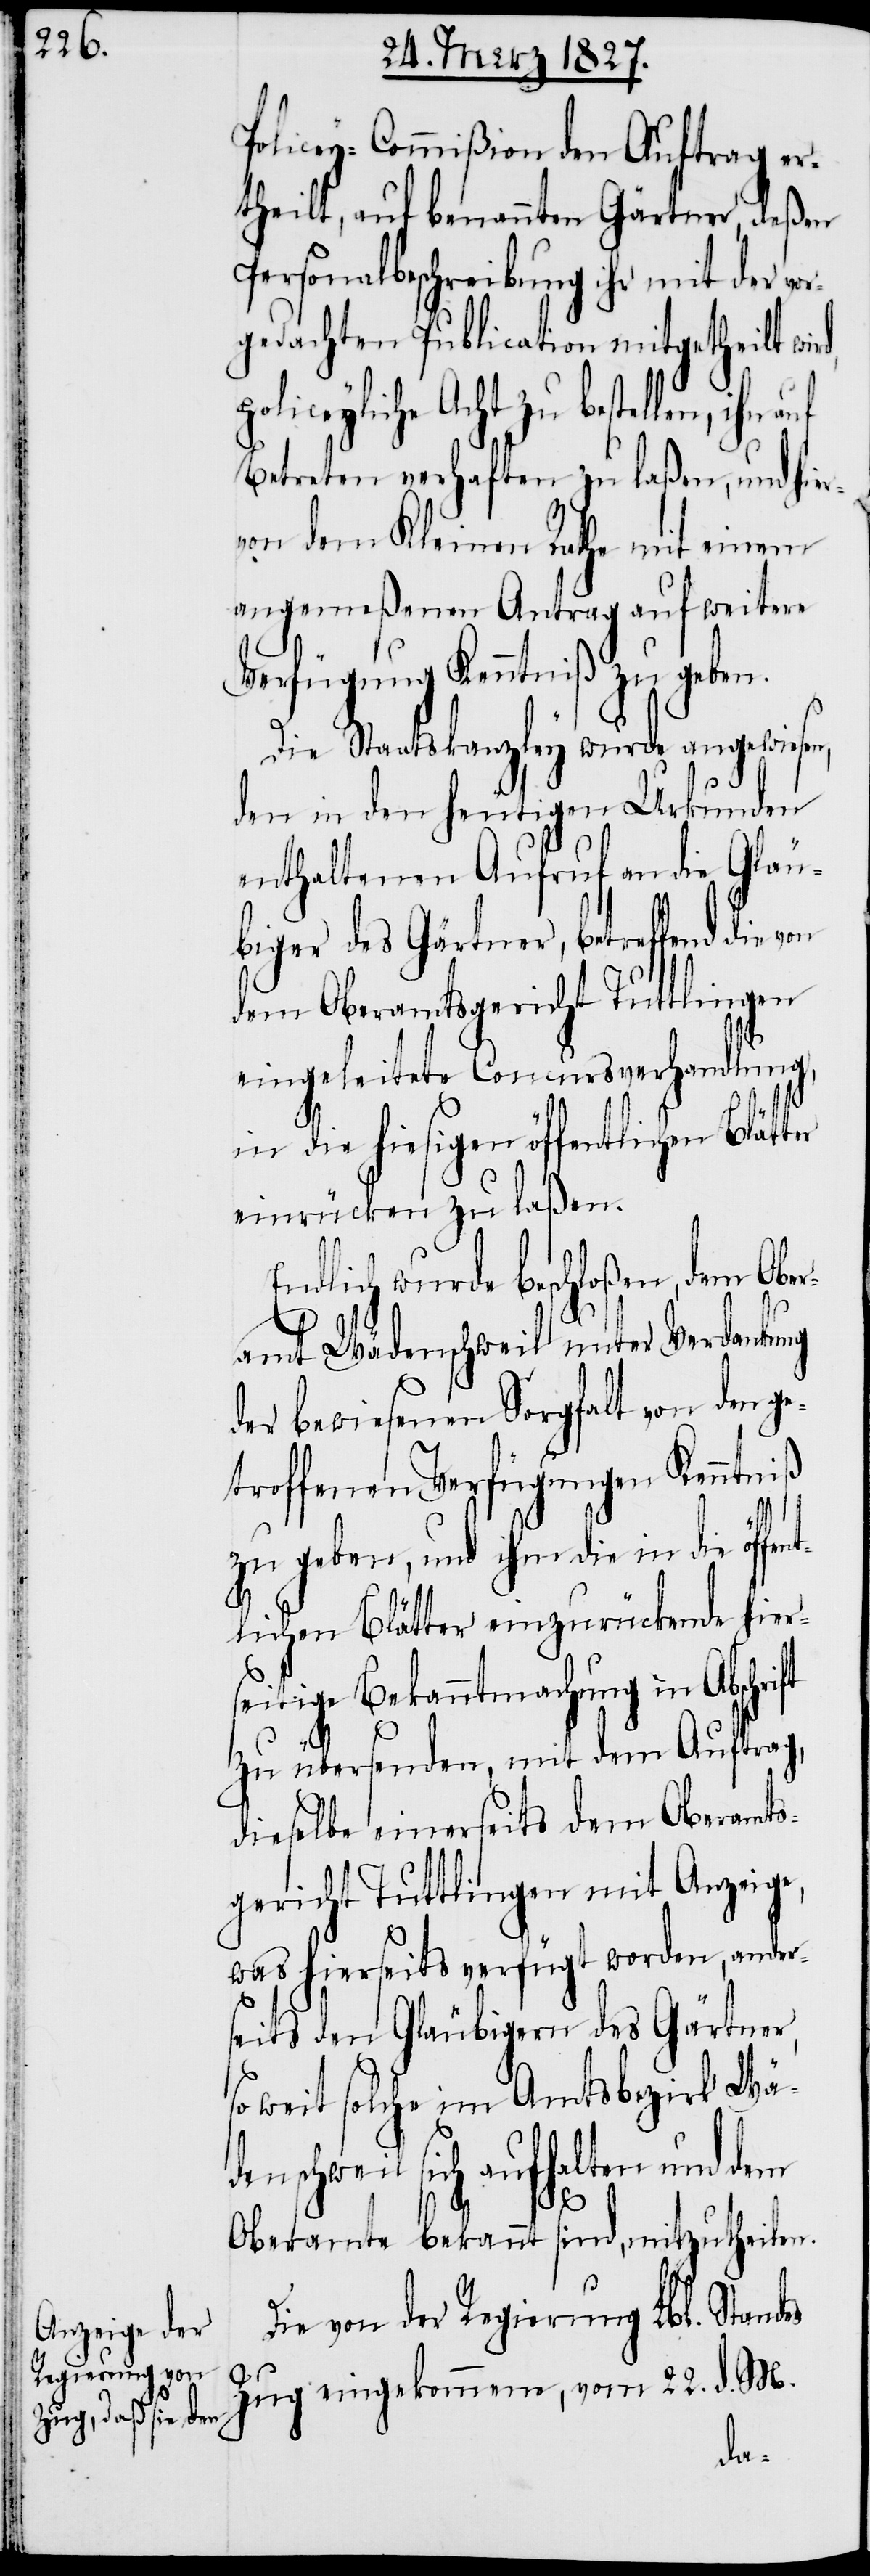
Policey-Commißion den Auftrag er¬
theilt, auf benannten Gärtner, deßen
Personalbeschreibung ihr mit der vo¬
rgedachten Publication mitgetheilt wi¬
iceyliche Acht zu bestellen, ihn
Betreten verhaften zu laßen, und hier¬
von dem Kleinen Rathe mit einem
angemeßenen Antrag auf weitere
Verfügung Kenntniß zu geben.
Die Staatskanzley wurde angewiesen,
den in den heutigen Urkunden
enthaltenen Aufruf an die Gläu¬
biger des Gärtner, betreffend
dem Oberamtsgericht Tuttlingen
eingeleitete Concursverhandlung,
in die hiesigen öffentlichen Blät¬
einrücken zu laßen.
Endlich wurde beschloßen, dem Obe¬
ramt Wädenschweil unter Verdankung
der bewiesenen Sorgfalt von den g¬
etroffenen Verfügungen Kenntniß
es
zu geben, und ihm die in die öffen¬
tlichen Blätter einzurückende hiers¬
eitige Bekanntmachung in Abschr¬
zu übersenden, mit dem Auftrag,
dieselbe einerseits dem Oberamts¬
gericht Tuttlingen mit Anzeige,
d.
was hierseits verfügt worden, ander¬
seits den Gläubigern des Gärtner,
weit solche im Amtsbezirk Wä¬
denschweil sich aufhalten und dem
Oberamte bekannt sind, mitzutheilen.
Die von der Regierung Lbl. Stand¬
M.
Zug eingekommene, vom 22.